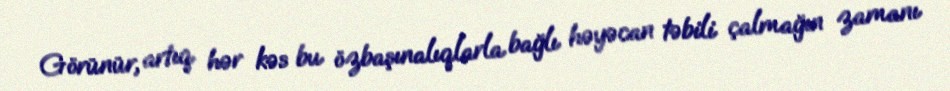
Görünür, artıq hər kəs bu özbaşınalıqlarla bağlı həyəcan təbili çalmağın zamanı